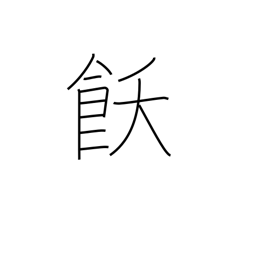
Meaning: satiety